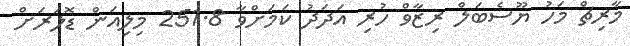
މާރިޗް މަހު ޔޫސެބަލް ރިޒާވް ހުރި އަދަދު ކަމަށްވާ 251.8 މިލިއަން ޑޮލަރަށް